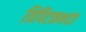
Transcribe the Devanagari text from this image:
त्रिपिटकभदंत